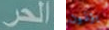
الحر يؤذون